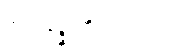
အာနေဉ္ဇာဘိသင်္ခါရော